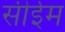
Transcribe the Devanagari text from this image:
सीईम